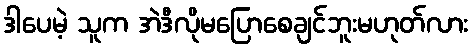
ဒါပေမဲ့ သူက အဲဒီလိုမပြောစေချင်ဘူးမဟုတ်လား